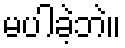
မပါခဲ့ဘဲ။